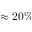
\approx 2 0 \%